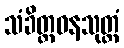
သံခိတ္တဓနသုတ္တံ